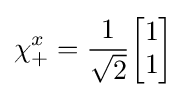
\chi _{+}^{x}={1 \over {\sqrt {2}}}{\begin{bmatrix}1\\1\\\end{bmatrix}}